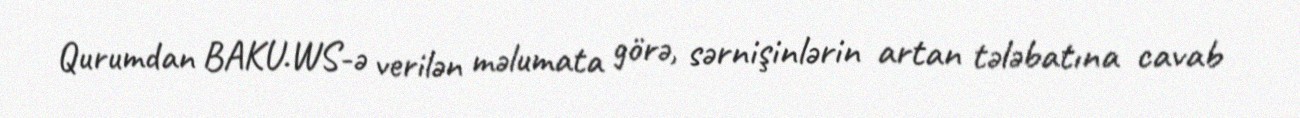
Qurumdan BAKU.WS-ə verilən məlumata görə, sərnişinlərin artan tələbatına cavab